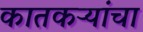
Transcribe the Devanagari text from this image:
कातकऱ्यांचा